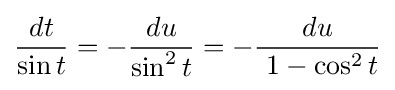
{\frac {dt}{\sin t}}=-{\frac {du}{\sin ^{2}t}}=-{\frac {du}{\ 1-\cos ^{2}t}}